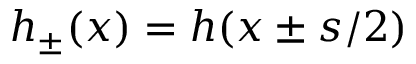
h _ { \pm } ( x ) = h ( x \pm s / 2 )